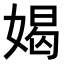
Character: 𫱊